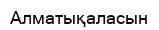
Алматықаласын